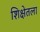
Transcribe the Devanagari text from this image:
शिक्षेतला